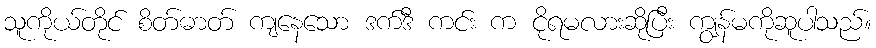
သူကိုယ်တိုင် စိတ်ဓာတ် ကျနေသော ဒက်ဒီ ကင်း က ငိုရမလားဆိုပြီး ကျွန်မကိုဆူပါသည်။